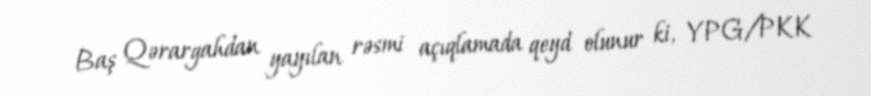
Baş Qərargahdan yayılan rəsmi açıqlamada qeyd olunur ki, YPG/PKK